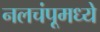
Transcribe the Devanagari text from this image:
नलचंपूमध्ये